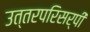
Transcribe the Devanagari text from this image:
उत्तरपरिसर्पी